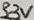
Text: 3.3V